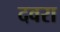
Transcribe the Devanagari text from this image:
दवरा